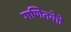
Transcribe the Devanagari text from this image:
गणितवेत्ते